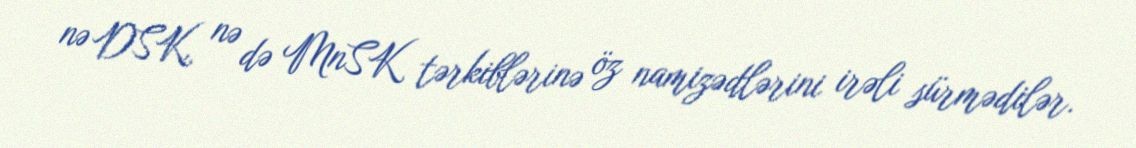
nə DSK, nə də MnSK tərkiblərinə öz namizədlərini irəli sürmədilər.